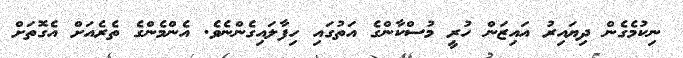
ނިކުމެގެން ދިޔައިރު އައިޒަން ހުރީ މުސްކާންގެ އަތުގައި ހިފާލައިގެންނެވެ. އެންމެންގެ ތެރެއަށް އެގޮތަށް